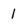
Character: 1